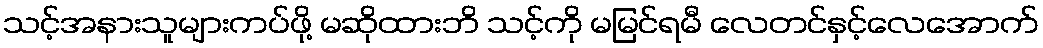
သင့်အနားသူများကပ်ဖို့ မဆိုထားဘိ သင့်ကို မမြင်ရမီ လေတင်နှင့်လေအောက်